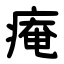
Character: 痷